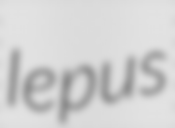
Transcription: lepus